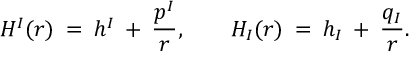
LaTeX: H ^ { I } ( r ) \: = \: h ^ { I } \: + \: \frac { p ^ { I } } { r } , \qquad H _ { I } ( r ) \: = \: h _ { I } \: + \: \frac { q _ { I } } { r } .